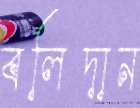
বলিদান